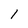
Character: 1